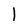
Character: 1